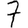
Digit: 7